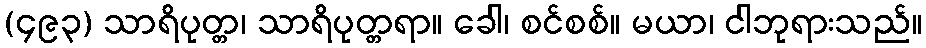
(၄၉၃) သာရိပုတ္တ၊ သာရိပုတ္တရာ။ ခေါ၊ စင်စစ်။ မယာ၊ ငါဘုရားသည်။